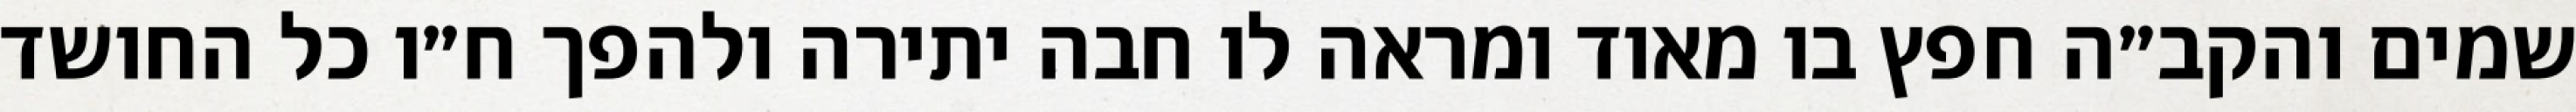
שמים והקב״ה חפץ בו מאוד ומראה לו חבה יתירה ולהפך ח״ו כל החושד